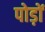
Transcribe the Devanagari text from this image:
पोड़ों